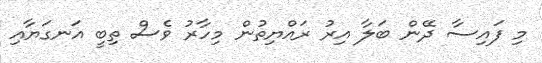
މި ފައިސާ ދޭން ބަލާ އިރު ރައްޔިތުން މިހާރު ވެސް ތިބީ އަނގަޔާއި